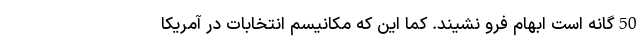
50‌گانه است ابهام فرو نشیند. کما این که مکانیسم انتخابات در آمریکا